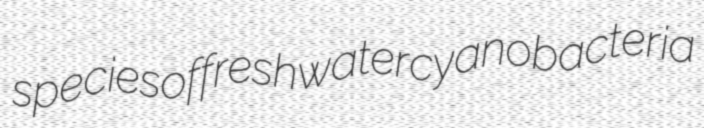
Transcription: species of freshwater cyanobacteria